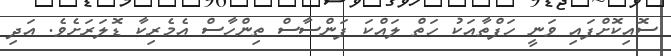
ސޮއިކޮށްފައި ވަނީ ހަފްތާއަކު ހަތް ލައްކަ ފަންސާސް ތިންހާސް އެމެރިކާ ޑޮލަރަށެވެ. އަދި